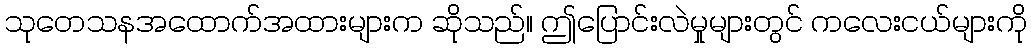
သုတေသနအထောက်အထားများက ဆိုသည်။ ဤပြောင်းလဲမှုများတွင် ကလေးငယ်များကို